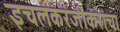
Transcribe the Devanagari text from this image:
इचलकरंजीकरांचा